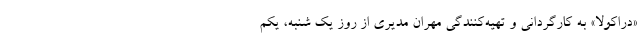
«دراکولا» به کارگردانی و تهیه‌کنندگی مهران مدیری از روز یک شنبه، یکم